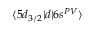
\langle 5 d _ { 3 / 2 } | d | 6 s ^ { P V } \rangle